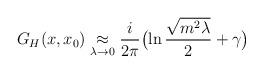
LaTeX: \begin{align*}G_H(x,x_0) \mathrel{\mathop{\approx}_{\lambda \rightarrow 0}} {i\over2\pi}\bigl(\ln{\sqrt{m^2\lambda}\over2} +\gamma\bigr) \end{align*}